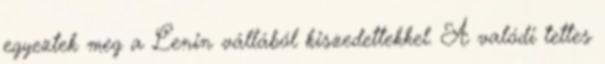
egyeztek meg a Lenin vállából kiszedettekkel. A valódi tettes